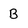
Character: B